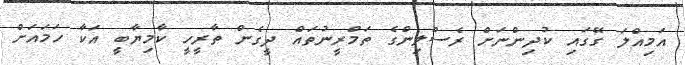
އަމިއްލަ ގޭގައި ކުދިންނަށް ރެސްލިންގެ ތަމްރީނުތައް ދީގެން ތާރީހީ ކާމިޔާބީ އަކާ ހަމައަށް